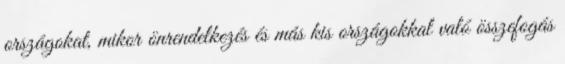
országokat, mikor önrendelkezés és más kis országokkal való összefogás